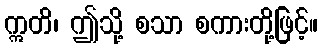
ဣတိ၊ ဤသို့ စသာ စကားတို့ဖြင့်။